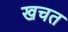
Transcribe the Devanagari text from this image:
खचत